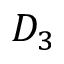
D _ { 3 }